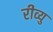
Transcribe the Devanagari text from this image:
रीव्यु